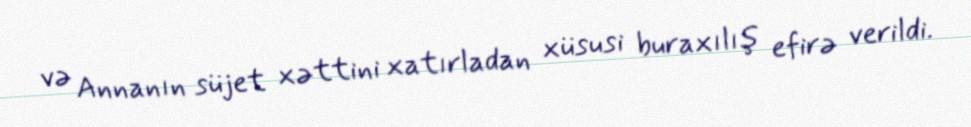
və Annanın süjet xəttini xatırladan xüsusi buraxılış efirə verildi.